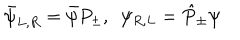
\bar { \psi } _ { L , R } = \bar { \psi } P _ { \pm } , \ \ \psi _ { R , L } = \hat { P } _ { \pm } \psi